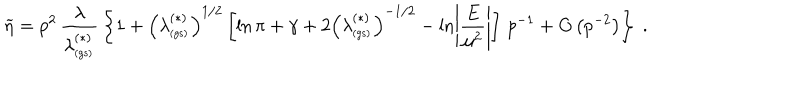
LaTeX: \widetilde { \eta } = p ^ { 2 } \, \frac { \lambda } { \lambda _ { _ \mathrm { ( g s ) } } ^ { ( \ast ) } } \, \left\{ 1 + \left( \lambda _ { _ \mathrm { ( g s ) } } ^ { ( \ast ) } \right) ^ { 1 / 2 } \left[ \ln \pi + \gamma + 2 \left( \lambda _ { _ \mathrm { ( g s ) } } ^ { ( \ast ) } \right) ^ { - 1 / 2 } - \ln \left| \frac { E } { \mu ^ { 2 } } \right| \right] \, p ^ { - 1 } + O \left( p ^ { - 2 } \right) \right\} \; .